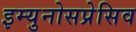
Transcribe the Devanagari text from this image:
इम्युनोसप्रेसिव